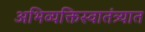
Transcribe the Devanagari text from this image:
अभिव्यक्तिस्वातंत्र्यात